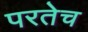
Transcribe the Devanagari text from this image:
परतेच